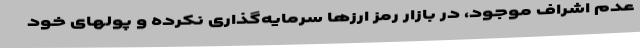
عدم اشراف موجود، در بازار رمز ارزها سرمایه‌گذاری نکرده و پولهای خود